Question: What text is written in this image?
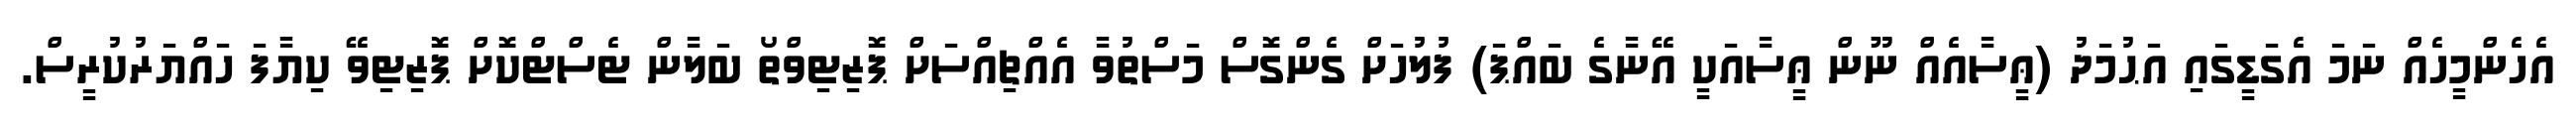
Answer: އެހެންމީހެއް ނަމަ އެގަޑީގައި އަޙުމަދު (ޢީސާއެއް ނޫން ޢީސާއަކީ އޭނާގެ ބައްޕަ) ފުލުހަށް ގެންގޮސް މަސްތުވާ އެއްޗިއްސަށް ޕޮޒިޓިވްތޯ ބަލާން ޓެސްޓްކޮށް ޕޮޒިޓިވޭ ކިޔާފަ ހައްޔަރުކުރީސް.